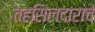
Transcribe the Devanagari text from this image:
तहसिलदाराचे